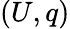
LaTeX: (U,q)